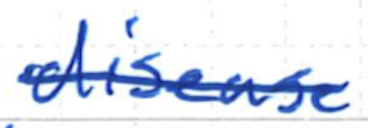
Text: disease
Cross-out: single-line
Writing tool: ballpoint